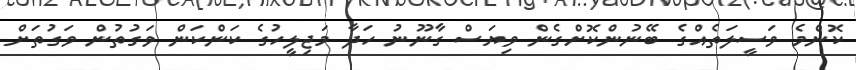
ކޮންމެ ވަސީލަތެއްގެ ބޭނުންކޮށްގެން ވިޔަސް ގާނޫނު ހަދާ މަޖިލީހުގެ ކަންކަން ވަގުތުން ވަގުތަށް